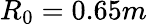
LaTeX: R_{0}=0.65m